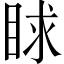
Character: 𥆿